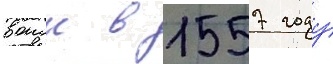
воиск в 1557 году